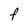
Character: F